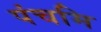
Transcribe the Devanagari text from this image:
पंचमि